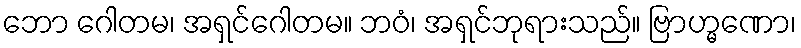
ဘော ဂေါတမ၊ အရှင်ဂေါတမ။ ဘဝံ၊ အရှင်ဘုရားသည်။ ဗြာဟ္မဏော၊